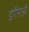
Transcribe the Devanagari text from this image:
इर्गेनेऔ